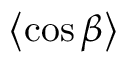
\left\langle \cos \beta \right\rangle